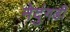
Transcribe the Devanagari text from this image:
नेदुंगडी